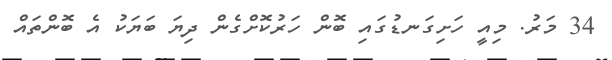
34 މަރު. މިއީ ހަށިގަނޑުގައި ބޮން ހަރުކޮށްގެން ދިޔަ ބަޔަކު އެ ބޮންތައް